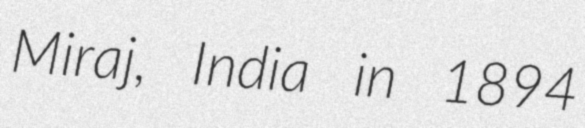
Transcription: Miraj, India in 1894